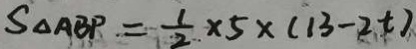
S _ { \Delta A B P } = \frac { 1 } { 2 } \times 5 \times ( 1 3 - 2 t )